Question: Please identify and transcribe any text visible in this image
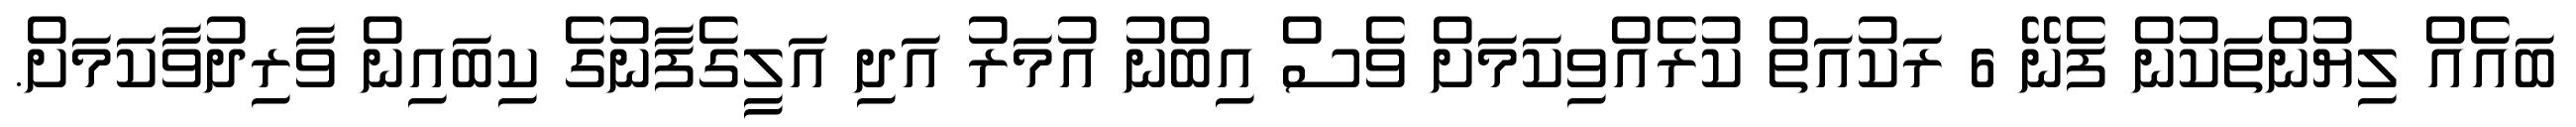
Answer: ބައެއް ލިޔުންތަކުން ފެނޭ 6 ރަކުއަތް ކުރެއްވިކަމަށް ވެސް އިބްނު އުމަރު އަދި އަލީގެފާނުގެ ކިބައިން ވާރިދުވާކަމަށް.